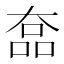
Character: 𡙗